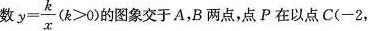
数$$y = \frac{ k }{ x }( k > 0 )$$的图象交于A，B两点，点P在以点C( -2，